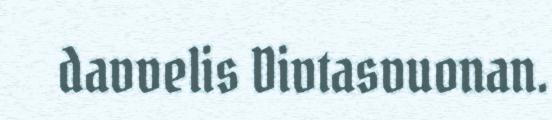
davvelis Divtasvuonan.